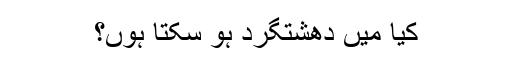
کیا میں دھشتگرد ہو سکتا ہوں؟